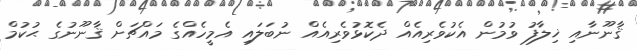
ޤާނޫނާއި ޚިލާފު ވުމުން އެކުވެރިއެއް ދެކޮޅުވެރިއެއް ނުބަލައި އެމީހެއްގެ މައްޗަށް ޤާނޫނުގެ ޙުކުމް